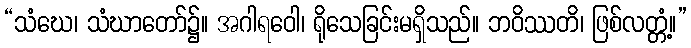
“သံဃေ၊ သံဃာတော်၌။ အဂါရဝေါ၊ ရိုသေခြင်းမရှိသည်။ ဘဝိဿတိ၊ ဖြစ်လတ္တံ့။”